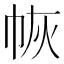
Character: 𭘛